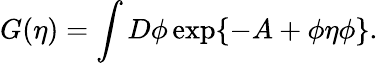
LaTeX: G(\eta)=\int D\phi\exp\{ -A+\phi\eta\phi\} .